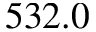
5 3 2 . 0